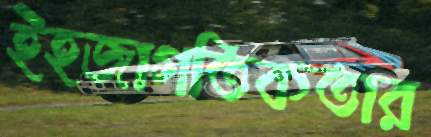
ইহজাগতিকতার